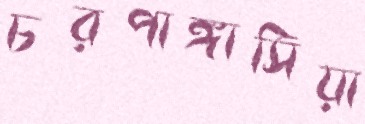
চরপাঙ্গাসিয়া